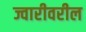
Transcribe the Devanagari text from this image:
ज्वारीवरील